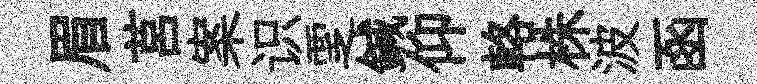
眉莒案识覂鍼仰輅株波函